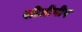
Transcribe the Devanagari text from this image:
सीजीपीए